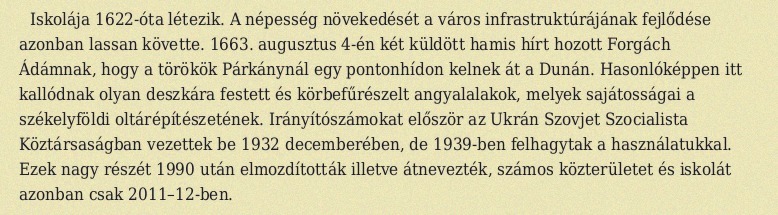
Iskolája 1622-óta létezik. A népesség növekedését a város infrastruktúrájának fejlődése azonban lassan követte. 1663. augusztus 4-én két küldött hamis hírt hozott Forgách Ádámnak, hogy a törökök Párkánynál egy pontonhídon kelnek át a Dunán. Hasonlóképpen itt kallódnak olyan deszkára festett és körbefűrészelt angyalalakok, melyek sajátosságai a székelyföldi oltárépítészetének. Irányítószámokat először az Ukrán Szovjet Szocialista Köztársaságban vezettek be 1932 decemberében, de 1939-ben felhagytak a használatukkal. Ezek nagy részét 1990 után elmozdították illetve átnevezték, számos közterületet és iskolát azonban csak 2011–12-ben.